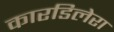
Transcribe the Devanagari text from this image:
कारडिलेरा